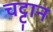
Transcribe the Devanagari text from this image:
चट्ट़ान